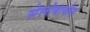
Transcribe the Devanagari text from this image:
सेलोबायोस